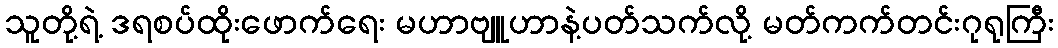
သူတို့ရဲ့ ဒရစပ်ထိုးဖောက်ရေး မဟာဗျူဟာနဲ့ပတ်သက်လို့ မတ်ကက်တင်းဂုရုကြီး